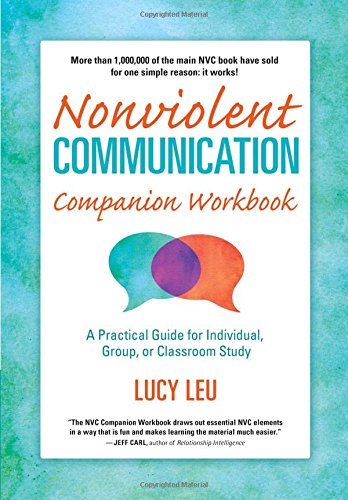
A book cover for By Lucy Leu Nonviolent Communication Companion Workbook  (Nonviolent Communication Guides); Lucy Leu; Parenting & Relationships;